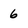
Character: 6